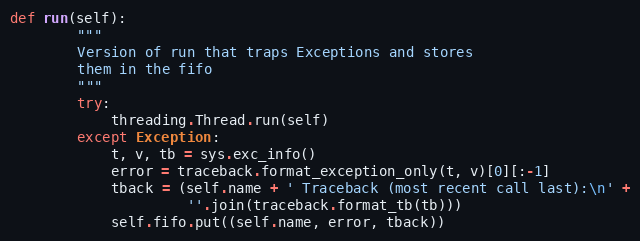
Language: Python
def run(self):
        """
        Version of run that traps Exceptions and stores
        them in the fifo
        """
        try:
            threading.Thread.run(self)
        except Exception:
            t, v, tb = sys.exc_info()
            error = traceback.format_exception_only(t, v)[0][:-1]
            tback = (self.name + ' Traceback (most recent call last):\n' +
                     ''.join(traceback.format_tb(tb)))
            self.fifo.put((self.name, error, tback))